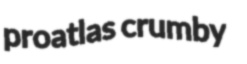
proatlas crumby